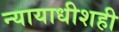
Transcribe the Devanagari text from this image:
न्यायाधीशही